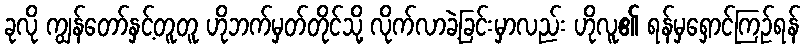
ခုလို ကျွန်တော်နှင့်တူတူ ဟိုဘက်မှတ်တိုင်သို့ လိုက်လာခဲ့ခြင်းမှာလည်း ဟိုလူ၏ ရန်မှရှောင်ကြဉ်ရန်